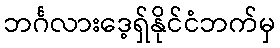
ဘင်္ဂလားဒေ့ရှ်နိုင်ငံဘက်မှ